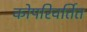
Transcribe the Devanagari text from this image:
कोपरिवर्तित